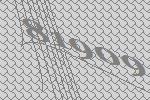
81909